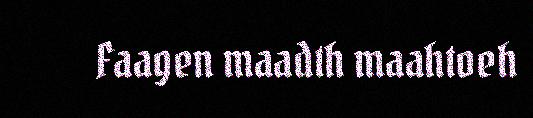
Faagen maadth maahtoeh